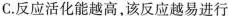
C.反应活化能越高，该反应越易进行